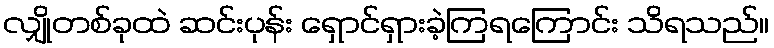
လျှိုတစ်ခုထဲ ဆင်းပုန်း ရှောင်ရှားခဲ့ကြရကြောင်း သိရသည်။